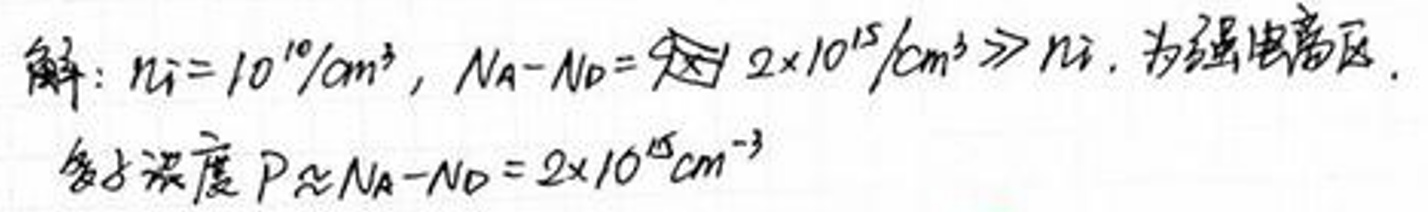
解：\(n_{i}=10^{10}/cm^{3}, NA- ND=\sqrt{9}\times 10^{15}/cm^{3}\gg n_{i}, \)为强电离区。\\
杂质浓度\(P\approx NA- ND = 2\times 10^{15}cm^{-3}\)